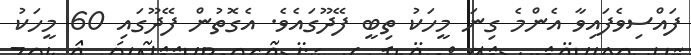
ފައްސިވެފައިވާ އެންމެ ގިނަ މީހަކު ތިބީ ފޭދޫގައެވެ. އެގޮތުން ފޭދޫގައި 60 މީހަކު